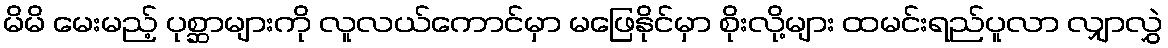
မိမိ မေးမည့် ပုစ္ဆာများကို လူလယ်ကောင်မှာ မဖြေနိုင်မှာ စိုးလို့များ ထမင်းရည်ပူလာ လျှာလွှဲ